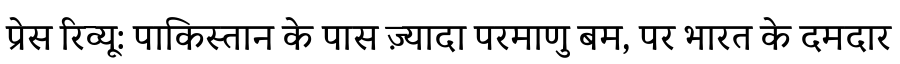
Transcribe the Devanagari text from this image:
प्रेस रिव्यू: पाकिस्तान के पास ज़्यादा परमाणु बम, पर भारत के दमदार